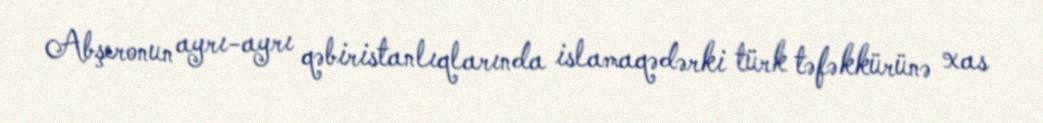
Abşeronun ayrı-ayrı qəbiristanlıqlarında islamaqədərki türk təfəkkürünə xas